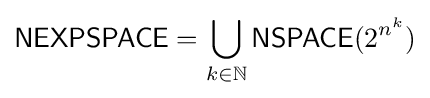
{\mathsf {NEXPSPACE}}=\bigcup _{k\in \mathbb {N} }{\mathsf {NSPACE}}(2^{n^{k}})